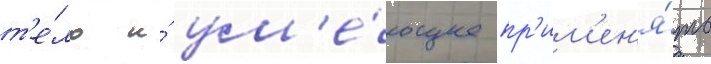
т'е́ло и́ ум'е́ющее пр'им'ен'я́ть